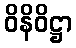
ဝိနိဝိဋ္ဌာ